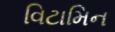
વિટામિન